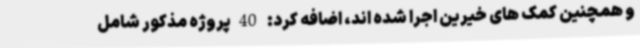
و همچنین کمک های خیرین اجرا شده اند، اضافه کرد: 40پروژه مذکور شامل